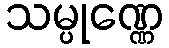
သမ္ပုဏ္ဏေ